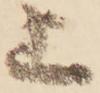
上